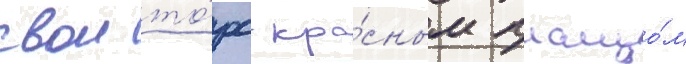
свои то́рс кра́сным плащо́м